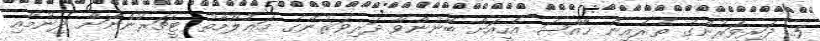
5. ދަރިވަރުންގެ ތެރެއިން ޚާއްޞަ އެހީއަށް ބޭނުންވާ ދަރިވަރުންގެ މަޢުލޫމާތު ޓީޗަރުންނަށް ދިނުމާއި